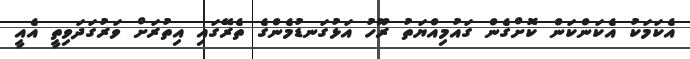
އެކަމަކު އެކަންކަން ކޮށްގެން ގައުމިއްޔަތު ރޫހު އަޅުގަނޑުމެންގެ ތެރޭގައި އިތުރަށް ވަރުގަދަވިތީ އެއީ